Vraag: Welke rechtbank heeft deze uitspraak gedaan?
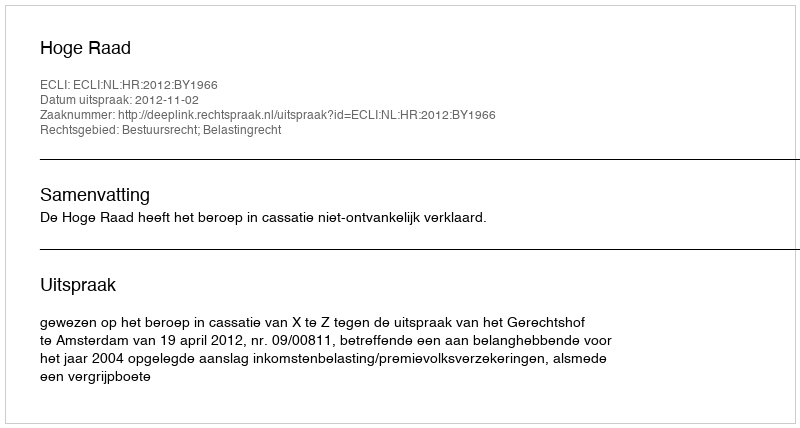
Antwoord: Hoge Raad